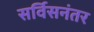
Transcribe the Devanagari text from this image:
सर्विसनंतर